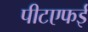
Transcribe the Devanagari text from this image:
पीटएफई